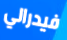
فيدرالي